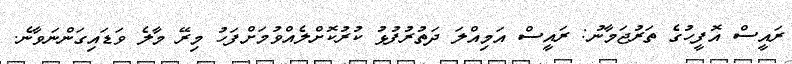
ރައީސް އޮފީހުގެ ތަރުޖަމާނު: ރައީސް އަމިއްލަ ދަތުރުފުޅު ކުރުކޮށްލެއްވުމަށްފަހު މިރޭ މާލެ ވަޑައިގަންނަވާނެ.